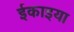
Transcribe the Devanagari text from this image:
ईकाइया